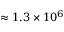
\approx 1 . 3 \times 1 0 ^ { 6 }